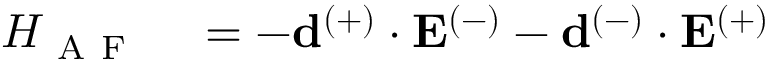
\begin{array} { r l } { H _ { \mathrm { ~ A ~ F ~ } } } & { { } = - \mathbf { d } ^ { ( + ) } \cdot \mathbf { E } ^ { ( - ) } - \mathbf { d } ^ { ( - ) } \cdot \mathbf { E } ^ { ( + ) } } \end{array}